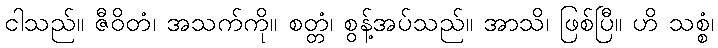
ငါသည်။ ဇီဝိတံ၊ အသက်ကို။ စတ္တံ၊ စွန့်အပ်သည်။ အာသိ၊ ဖြစ်ပြီ။ ဟိ သစ္စံ၊